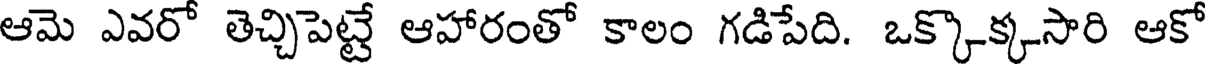
ఆమె ఎవరో తెచ్చిపెట్టే ఆహారంతో కాలం గడిపేది. ఒక్కొక్కసారి ఆకో